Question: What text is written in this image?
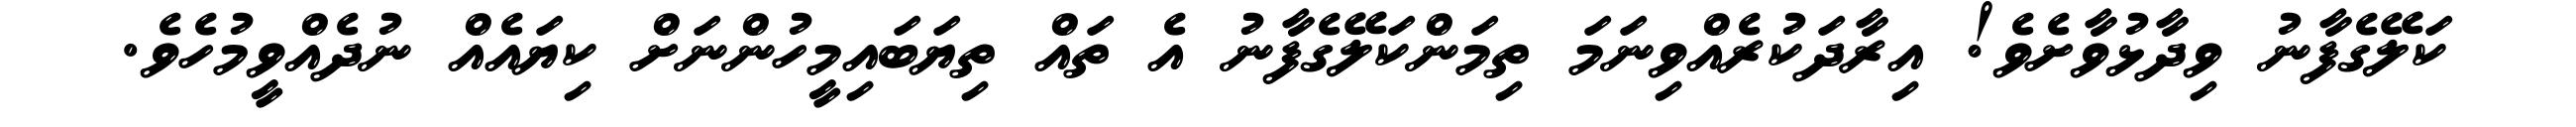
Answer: ކަލޭގެފާނު ވިދާޅުވާށެވެ! އިރާދަކުރެއްވިނަމަ ތިމަންކަލޭގެފާނު އެ ތައް ތިޔަބައިމީހުންނަށް ކިޔައެއް ނުދެއްވީމުހެވެ.